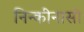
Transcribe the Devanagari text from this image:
निन्कीनासी